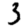
Digit: 3